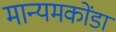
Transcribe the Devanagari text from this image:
मान्यमकोंडा